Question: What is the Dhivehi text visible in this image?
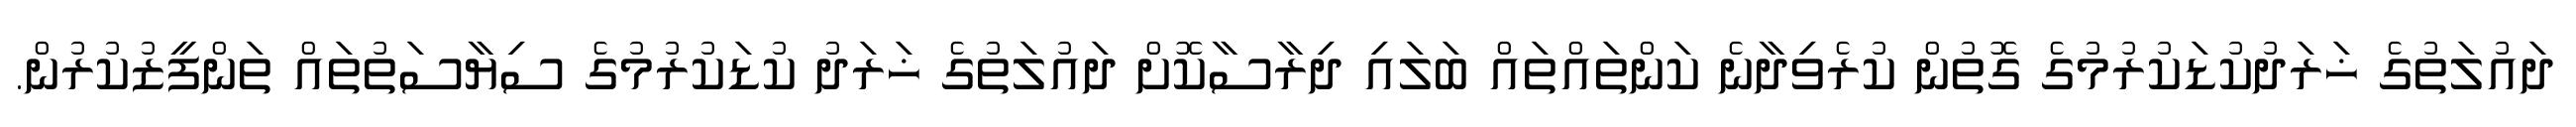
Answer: ދައުލަތުގެ ޚަރަދުކުޑަކުރުމުގެ ގޮތުން ކުރެވިދާނެ ކަންތައްތައް ބަލައި ދިރާސާކޮށް ދައުލަތުގެ ޚަރަދު ކުޑަކުރުމުގެ ސިޔާސަތުތައް ތަންފީޒުކުރުން.